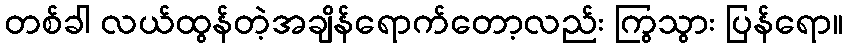
တစ်ခါ လယ်ထွန်တဲ့အချိန်ရောက်တော့လည်း ကြွသွား ပြန်ရော။